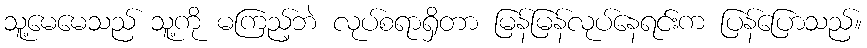
သူ့မေမေသည် သူ့ကို မကြည့်ဘဲ လုပ်စရာရှိတာ မြန်မြန်လုပ်နေရင်းက ပြန်ပြောသည်။